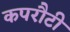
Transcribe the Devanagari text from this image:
कपरौटी